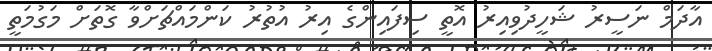
އާދަމް ނަސީރު ޝަހީދުވިއިރު އޮތީ ސިފައިންގެ އިރު އުތުރު ކަންމައްޗަށްވާ ގޮތަށް މަގުމަތީ